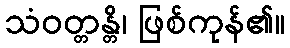
သံဝတ္တန္တိ၊ ဖြစ်ကုန်၏။